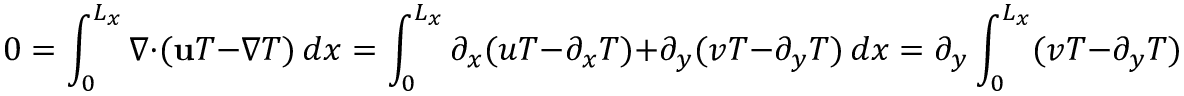
0 = \int _ { 0 } ^ { L _ { x } } \nabla \cdot ( \mathbf { u } T - \nabla T ) \, d x = \int _ { 0 } ^ { L _ { x } } \partial _ { x } ( u T - \partial _ { x } T ) + \partial _ { y } ( v T - \partial _ { y } T ) \, d x = \partial _ { y } \int _ { 0 } ^ { L _ { x } } ( v T - \partial _ { y } T ) \, d x